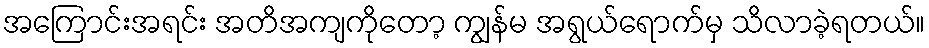
အကြောင်းအရင်း အတိအကျကိုတော့ ကျွန်မ အရွယ်ရောက်မှ သိလာခဲ့ရတယ်။